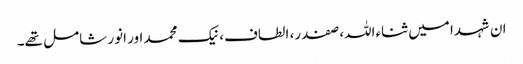
ان شہدا میں ثناءاللہ، صفدر، الطاف، نیک محمد اور انور شامل تھے۔